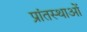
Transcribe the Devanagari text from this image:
प्रांतस्थाओं